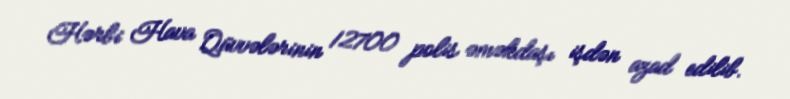
Hərbi Hava Qüvvələrinin 12700 polis əməkdaşı işdən azad edilib.